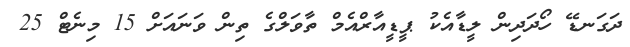
ދަގަނޑޭ ހޯދަދިން ލީޑާއެކު ޕީޑީއާރްއެމް ތާވަލްގެ ތިން ވަނައަށް 15 މިނެޓް 25